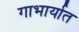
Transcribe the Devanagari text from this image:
गाभार्यात